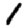
Digit: 1